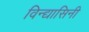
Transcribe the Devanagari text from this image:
विन्द्यासिनी